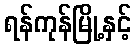
ရန်ကုန်မြို့နှင့်